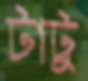
টাটু